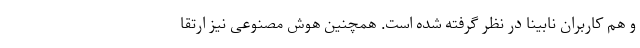
و هم کاربران نابینا در نظر گرفته شده است. همچنین هوش مصنوعی نیز ارتقا